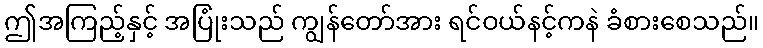
ဤအကြည့်နှင့် အပြုံးသည် ကျွန်တော်အား ရင်ဝယ်နင့်ကနဲ ခံစားစေသည်။